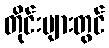
တိုင်းများတွင်